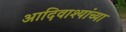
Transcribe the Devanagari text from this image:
आदिवाश्यांच्या